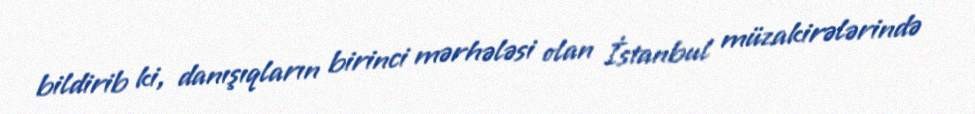
bildirib ki, danışıqların birinci mərhələsi olan İstanbul müzakirələrində